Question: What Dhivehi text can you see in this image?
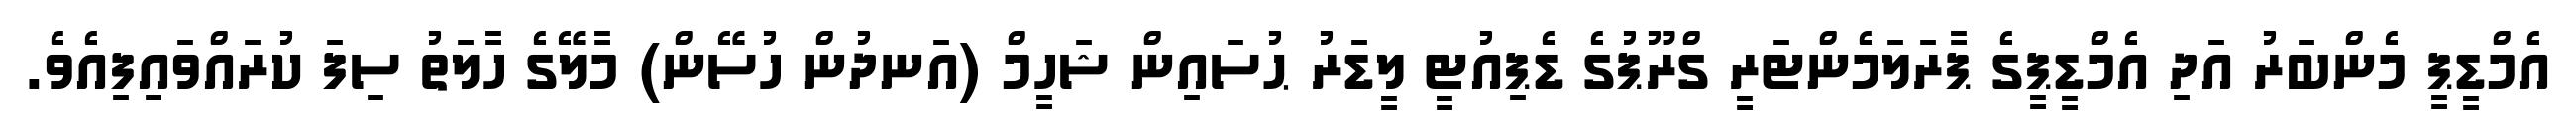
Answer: އެމްޑީޕީ މެންބަރު އަދި އެމްޑީޕީގެ ޕާރަލަމެންޓަރީ ގްރޫޕުގެ ޑެޕިއުޓީ ލީޑަރު ޙުސައިން ޝަހީމް (އަނދުން ހުސޭން) މާލޭގެ ހާލަތު ސިފަ ކުރައްވައިފިއެވެ.